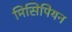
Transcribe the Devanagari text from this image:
मिसिपियन